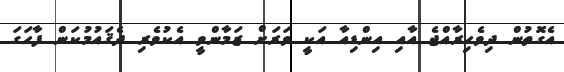
އެގޮތުން ދިވެހިރާއްޖެ އާއި އިންޑިއާ އަކީ ވަރަށް ޒަމާންވީ އެކުވެރި ދެޤައުމުކަން ފާހަގަ